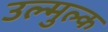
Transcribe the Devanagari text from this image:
उल्मुल्क